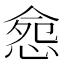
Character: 𢛪